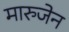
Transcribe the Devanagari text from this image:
मारुजेन